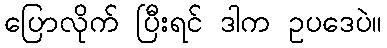
ပြောလိုက် ပြီးရင် ဒါက ဥပဒေပဲ။